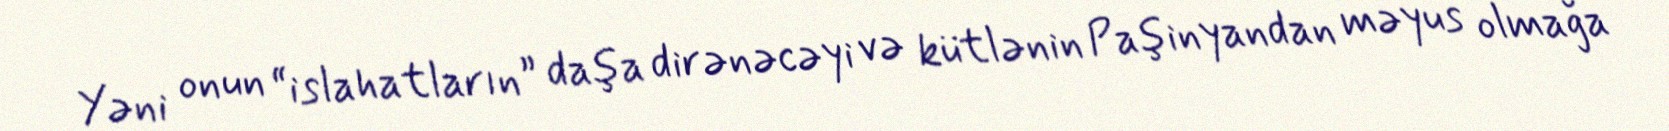
Yəni onun “islahatların” daşa dirənəcəyi və kütlənin Paşinyandan məyus olmağa